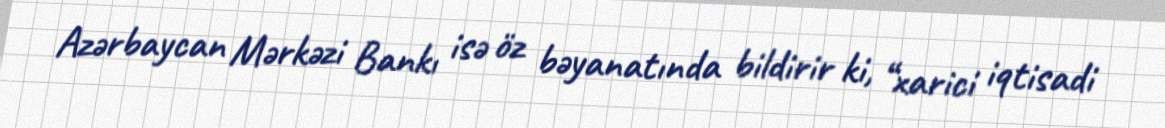
Azərbaycan Mərkəzi Bankı isə öz bəyanatında bildirir ki, “xarici iqtisadi